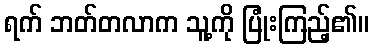
ရက် ဘတ်တလာက သူ့ကို ပြုံးကြည့်၏။